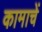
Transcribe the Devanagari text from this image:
कामाचें